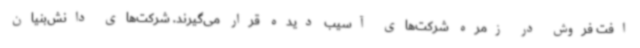
افت فروش در زمره شرکت‌های آسیب دیده قرار می‌گیرند. شرکت‌های دانش‌بنیان